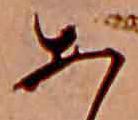
あ